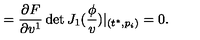
= \frac { \partial F } { \partial v ^ { 1 } } \det J _ { 1 } ( \frac \phi v ) | _ { ( t ^ { * } , p _ { i } ) } = 0 .